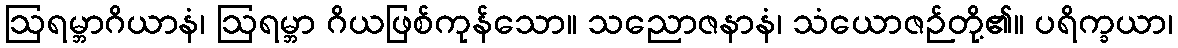
ဩရမ္ဘာဂိယာနံ၊ ဩရမ္ဘာ ဂိယဖြစ်ကုန်သော။ သညောဇနာနံ၊ သံယောဇဉ်တို့၏။ ပရိက္ခယာ၊